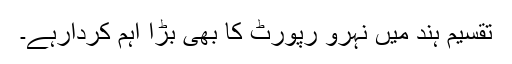
تقسیم ہند میں نہرو رپورٹ کا بھی بڑا اہم کردارہے۔